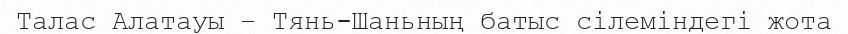
Талас Алатауы – Тянь-Шаньның батыс сілеміндегі жота